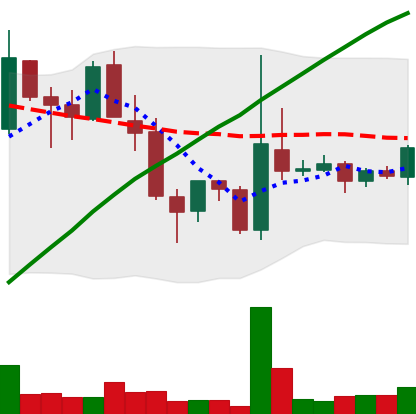
Ticker: TRX-USD
Chart end date: 2018-04-12
Forward return: 6.45%
Label: up_5_7